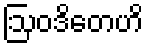
ဩဝဒိတေဟိ